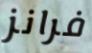
فرانز